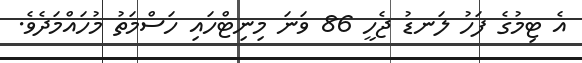
އެ ޓިމުގެ ފަހު ލަނޑު ޖެހީ 86 ވަނަ މިނިޓްހައި ހަސްމަތު މުހައްމަދެވެ.